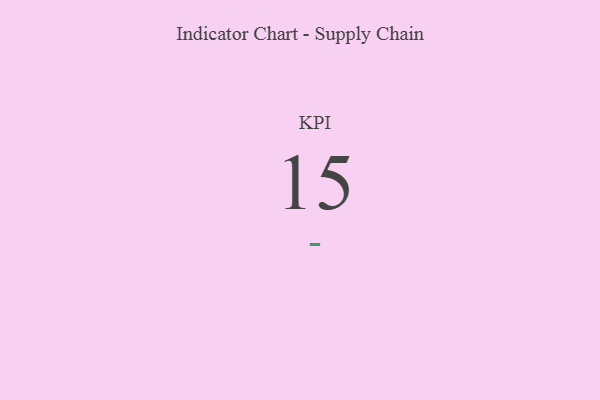
{"axis": {"x": "KPI", "y": "Value"}, "legend": [""], "data": [{"x": "KPI", "y": 15, "type": ""}]}